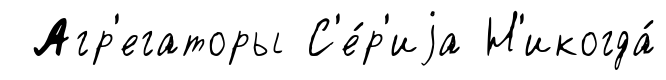
Агр'егаторы С'е́р'иjа Н'икогда́